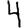
Digit: 4